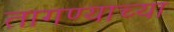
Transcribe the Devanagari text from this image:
तागण्याच्या